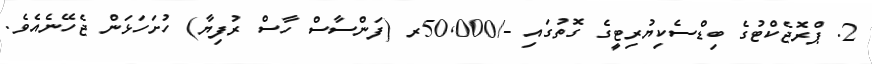
2. ޕްރޮޖެކްޓުގެ ބިޑްސެކިޔުރިޓީގެ ގޮތުގައި -/50